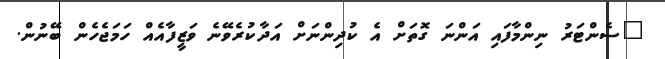
"ސެންޓަރު ނިންމާފައި އަންނަ ގޮތަށް އެ ކުދިންނަށް އަދާކުރެވޭނެ ވަޒީފާއެއް ހަމަޖެހެން ބޭނުން.